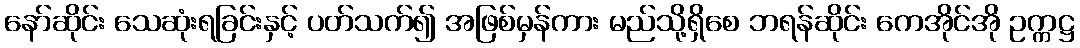
နော်ဆိုင်း သေဆုံးရခြင်းနှင့် ပတ်သက်၍ အဖြစ်မှန်ကား မည်သို့ရှိစေ ဘရန်ဆိုင်း ကေအိုင်အို ဥက္ကဋ္ဌ